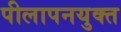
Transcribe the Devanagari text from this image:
पीलापनयुक्त